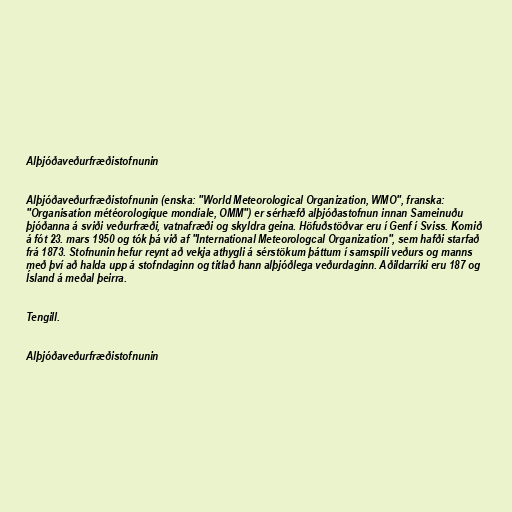
Alþjóðaveðurfræðistofnunin

Alþjóðaveðurfræðistofnunin (enska: "World Meteorological Organization, WMO", franska:
"Organisation météorologique mondiale, OMM") er sérhæfð alþjóðastofnun innan Sameinuðu
þjóðanna á sviði veðurfræði, vatnafræði og skyldra geina. Höfuðstöðvar eru í Genf í Sviss. Komið
á fót 23. mars 1950 og tók þá við af "International Meteorologcal Organization", sem hafði starfað
frá 1873. Stofnunin hefur reynt að vekja athygli á sérstökum þáttum í samspili veðurs og manns
með því að halda upp á stofndaginn og titlað hann alþjóðlega veðurdaginn. Aðildarríki eru 187 og
Ísland á meðal þeirra.

Tengill.

Alþjóðaveðurfræðistofnunin